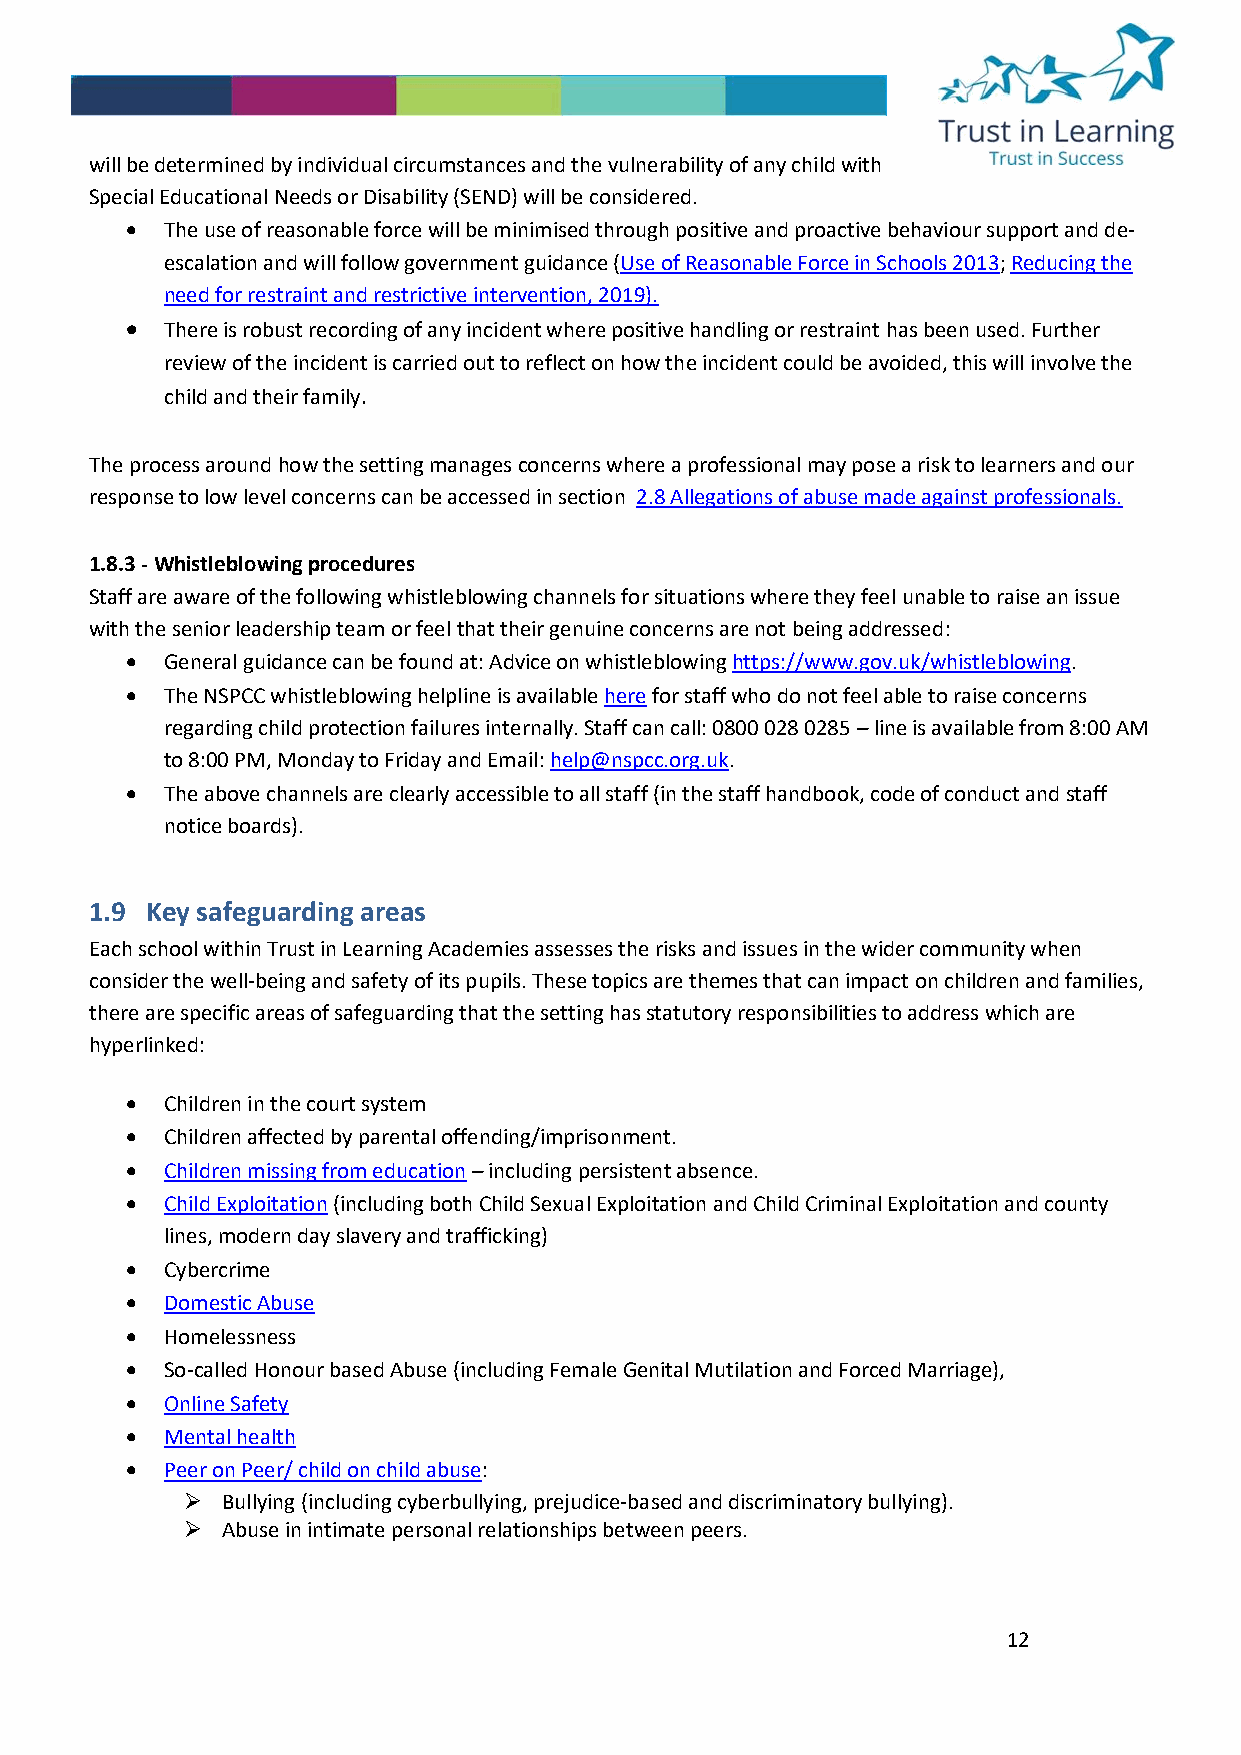
will be determined by individual circumstances and the vulnerability of any child with
 Special Educational Needs or Disability (SEND) will be considered.
 •  The use of reasonable force will be minimised through positive and proactive behaviour support and de-
 escalation and will follow government guidance (Use of Reasonable Force in Schools 2013; Reducing the
 need for restraint and restrictive intervention, 2019).
 •  There is robust recording of any incident where positive handling or restraint has been used. Further
 review of the incident is carried out to reflect on how the incident could be avoided, this will involve the
 child and their family.
 The process around how the setting manages concerns where a professional may pose a risk to learners and our
 response to low level concerns can be accessed in section 2.8 Allegations of abuse made against professionals.
 1.8.3 - Whistleblowing procedures
 Staff are aware of the following whistleblowing channels for situations where they feel unable to raise an issue
 with the senior leadership team or feel that their genuine concerns are not being addressed:
 •  General guidance can be found at: Advice on whistleblowing https://www.gov.uk/whistleblowing.
 •  The NSPCC whistleblowing helpline is available here for staff who do not feel able to raise concerns
 regarding child protection failures internally. Staff can call: 0800 028 0285 – line is available from 8:00 AM
 to 8:00 PM, Monday to Friday and Email: help@nspcc.org.uk.
 •  The above channels are clearly accessible to all staff (in the staff handbook, code of conduct and staff
 notice boards).
 1.9 Key safeguarding areas
 Each school within Trust in Learning Academies assesses the risks and issues in the wider community when
 consider the well-being and safety of its pupils. These topics are themes that can impact on children and families,
 there are specific areas of safeguarding that the setting has statutory responsibilities to address which are
 hyperlinked:
 •  Children in the court system
 •  Children affected by parental offending/imprisonment.
 •  Children missing from education – including persistent absence.
 •  Child Exploitation (including both Child Sexual Exploitation and Child Criminal Exploitation and county
 lines, modern day slavery and trafficking)
 •  Cybercrime
 •  Domestic Abuse
 •  Homelessness
 •  So-called Honour based Abuse (including Female Genital Mutilation and Forced Marriage),
 •  Online Safety
 •  Mental health
 •  Peer on Peer/ child on child abuse:
 ➢  Bullying (including cyberbullying, prejudice-based and discriminatory bullying).
 ➢  Abuse in intimate personal relationships between peers.
 12